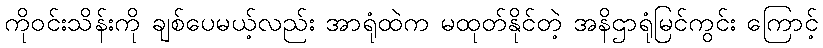
ကိုဝင်းသိန်းကို ချစ်ပေမယ့်လည်း အာရုံထဲက မထုတ်နိုင်တဲ့ အနိဌာရုံမြင်ကွင်း ကြောင့်